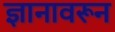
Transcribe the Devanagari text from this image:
ज्ञानावरून